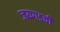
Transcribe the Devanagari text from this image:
जयगडची